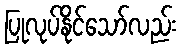
ပြုလုပ်နိုင်သော်လည်း